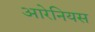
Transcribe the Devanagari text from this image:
आरेनियस